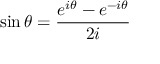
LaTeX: \sin \theta = { \frac { e ^ { i \theta } - e ^ { - i \theta } } { 2 i } }